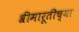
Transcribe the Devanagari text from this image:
श्रीमारूतीच्या